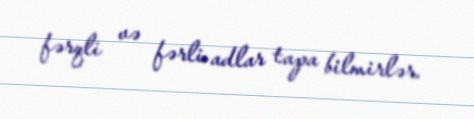
fərqli və fərli adlar tapa bilmirlər.